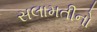
સલામતીનો